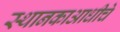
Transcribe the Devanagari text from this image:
स्थानकाआधीचे